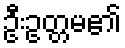
ဦးဥတ္တမ၏